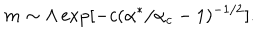
m \sim \Lambda \exp [ - c ( \alpha ^ { * } / \alpha _ { c } - 1 ) ^ { - 1 / 2 } ] .